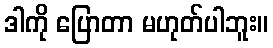
ဒါကို ပြောတာ မဟုတ်ပါဘူး။